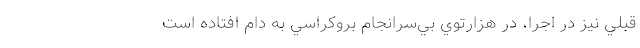
قبلي نيز در اجرا، در هزارتوي بي‌سرانجام بروكراسي به دام افتاده است